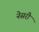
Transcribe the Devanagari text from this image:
नेसरी